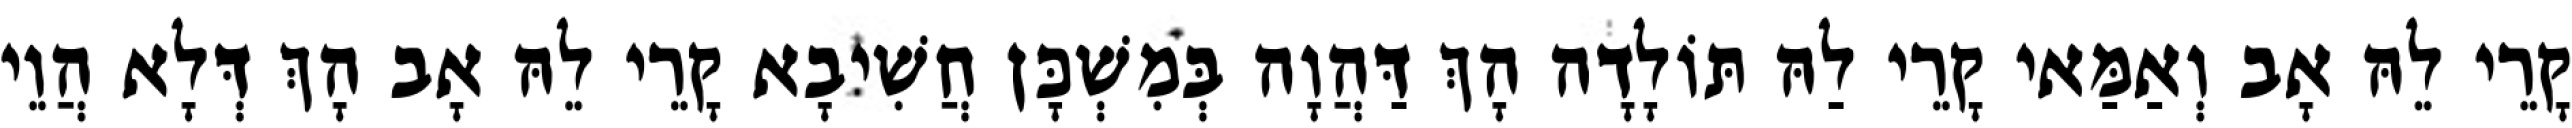
קָרֵי לֵהּ אָב וְאַמַּאי קָרֵי לַהּ תּוֹלָדָה הָךְ דַּהֲוָה בְּמִשְׁכָּן חֲשִׁיבָא קָרֵי לֵהּ אָב הָךְ דְּלָא הֲוֵי